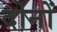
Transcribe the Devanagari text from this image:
दोनों